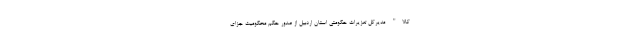
کالا" مدیرکل تعزیرات حکومتی استان اردبیل از صدور حکم محکومیت جزای